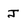
Character: J